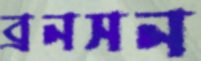
ব্রনসন